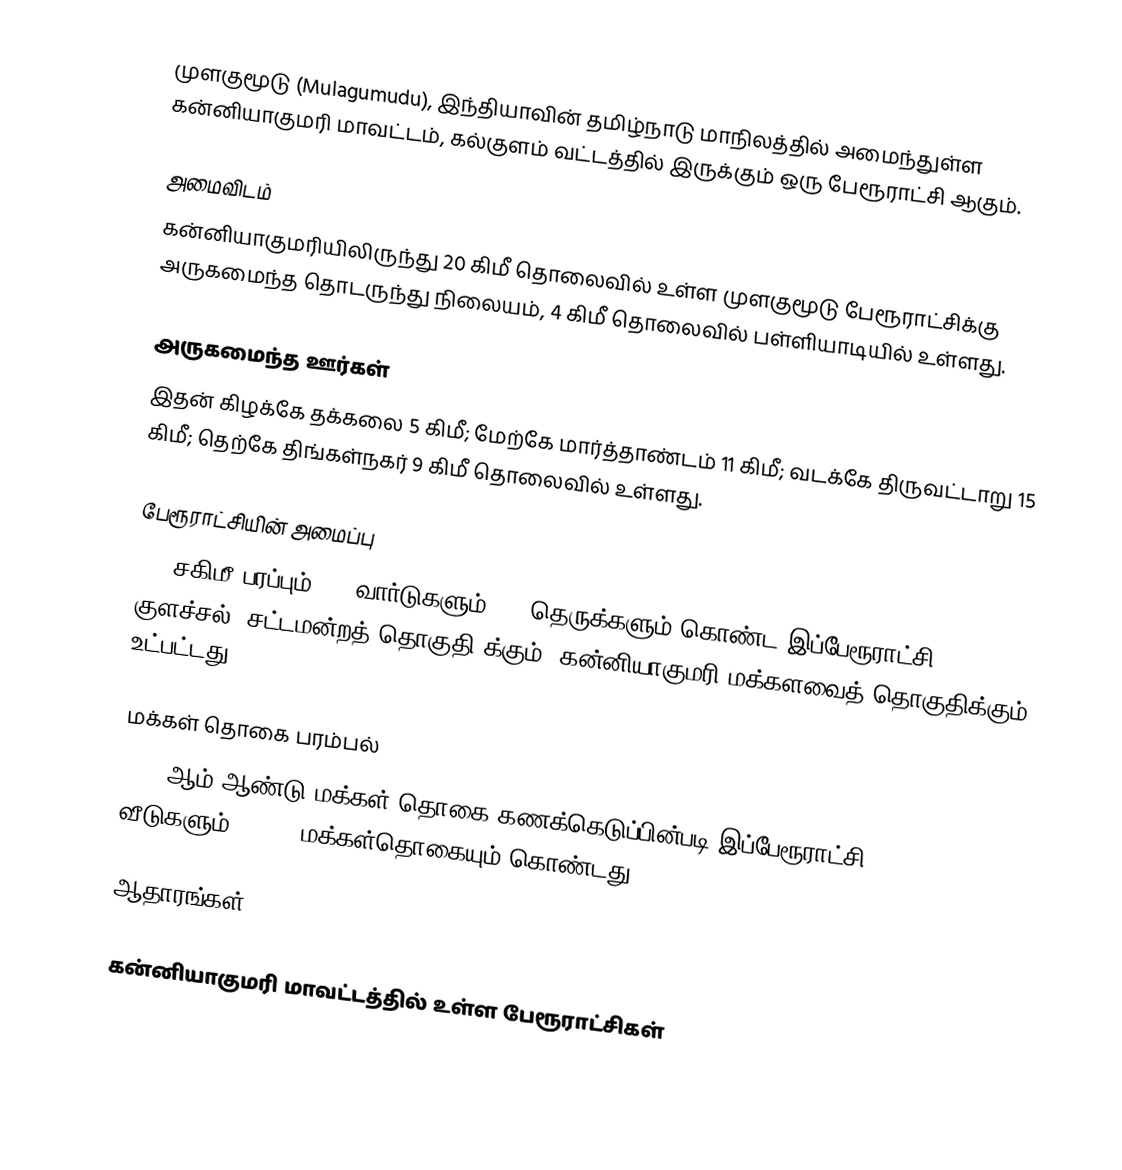
முளகுமூடு (Mulagumudu), இந்தியாவின் தமிழ்நாடு மாநிலத்தில் அமைந்துள்ள கன்னியாகுமரி மாவட்டம், கல்குளம் வட்டத்தில் இருக்கும் ஒரு பேரூராட்சி ஆகும்.

அமைவிடம்
கன்னியாகுமரியிலிருந்து 20 கிமீ தொலைவில் உள்ள முளகுமூடு பேரூராட்சிக்கு அருகமைந்த தொடருந்து நிலையம், 4 கிமீ தொலைவில் பள்ளியாடியில் உள்ளது.

அருகமைந்த ஊர்கள்
இதன் கிழக்கே தக்கலை 5 கிமீ; மேற்கே மார்த்தாண்டம் 11 கிமீ; வடக்கே திருவட்டாறு 15 கிமீ; தெற்கே திங்கள்நகர் 9 கிமீ தொலைவில் உள்ளது.

பேரூராட்சியின் அமைப்பு
8.5 சகிமீ  பரப்பும், 18  வார்டுகளும், 31 தெருக்களும் கொண்ட இப்பேரூராட்சி  குளச்சல் (சட்டமன்றத் தொகுதி)க்கும், கன்னியாகுமரி மக்களவைத் தொகுதிக்கும் உட்பட்டது.

மக்கள் தொகை பரம்பல்
2011-ஆம் ஆண்டு மக்கள் தொகை கணக்கெடுப்பின்படி  இப்பேரூராட்சி                           5041 வீடுகளும்,  19538 மக்கள்தொகையும் கொண்டது.

ஆதாரங்கள்

கன்னியாகுமரி மாவட்டத்தில் உள்ள பேரூராட்சிகள்